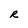
Character: R